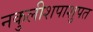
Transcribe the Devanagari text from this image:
नकुलीशपाशुपत